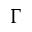
\Gamma